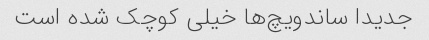
جدیدا ساندویچ‌ها خیلی کوچک شده است